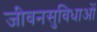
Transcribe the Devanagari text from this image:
जीवनसुविधाओं